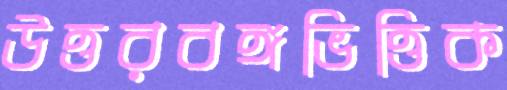
উত্তরবঙ্গভিত্তিক